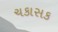
ચકાસક